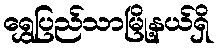
ရွှေပြည်သာမြို့နယ်ရှိ